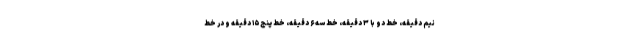
نیم دقیقه، خط دو با ۳ دقیقه، خط سه ۶ دقیقه، خط پنج ۱۵ دقیقه و در خط